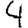
Digit: 4